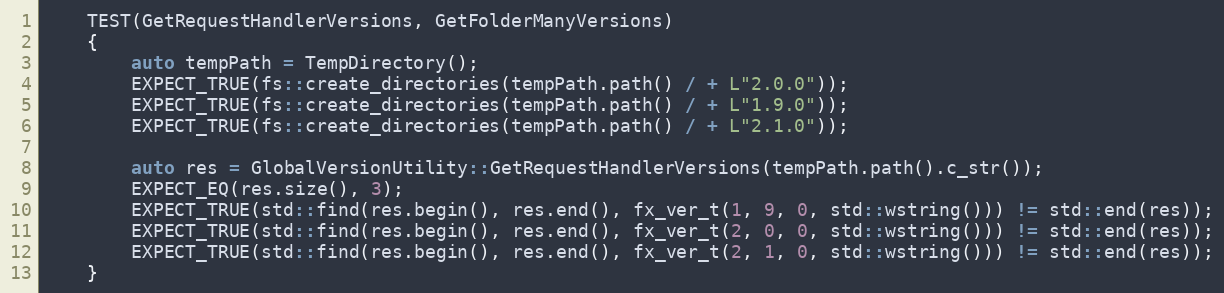
Language: C++
    TEST(GetRequestHandlerVersions, GetFolderManyVersions)
    {
        auto tempPath = TempDirectory();
        EXPECT_TRUE(fs::create_directories(tempPath.path() / + L"2.0.0"));
        EXPECT_TRUE(fs::create_directories(tempPath.path() / + L"1.9.0"));
        EXPECT_TRUE(fs::create_directories(tempPath.path() / + L"2.1.0"));

        auto res = GlobalVersionUtility::GetRequestHandlerVersions(tempPath.path().c_str());
        EXPECT_EQ(res.size(), 3);
        EXPECT_TRUE(std::find(res.begin(), res.end(), fx_ver_t(1, 9, 0, std::wstring())) != std::end(res));
        EXPECT_TRUE(std::find(res.begin(), res.end(), fx_ver_t(2, 0, 0, std::wstring())) != std::end(res));
        EXPECT_TRUE(std::find(res.begin(), res.end(), fx_ver_t(2, 1, 0, std::wstring())) != std::end(res));
    }